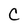
Character: C